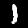
Label: 1